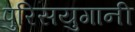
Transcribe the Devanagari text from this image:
पुरिसयुगानी